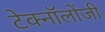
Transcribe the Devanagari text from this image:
टेक्नॉलोंजी